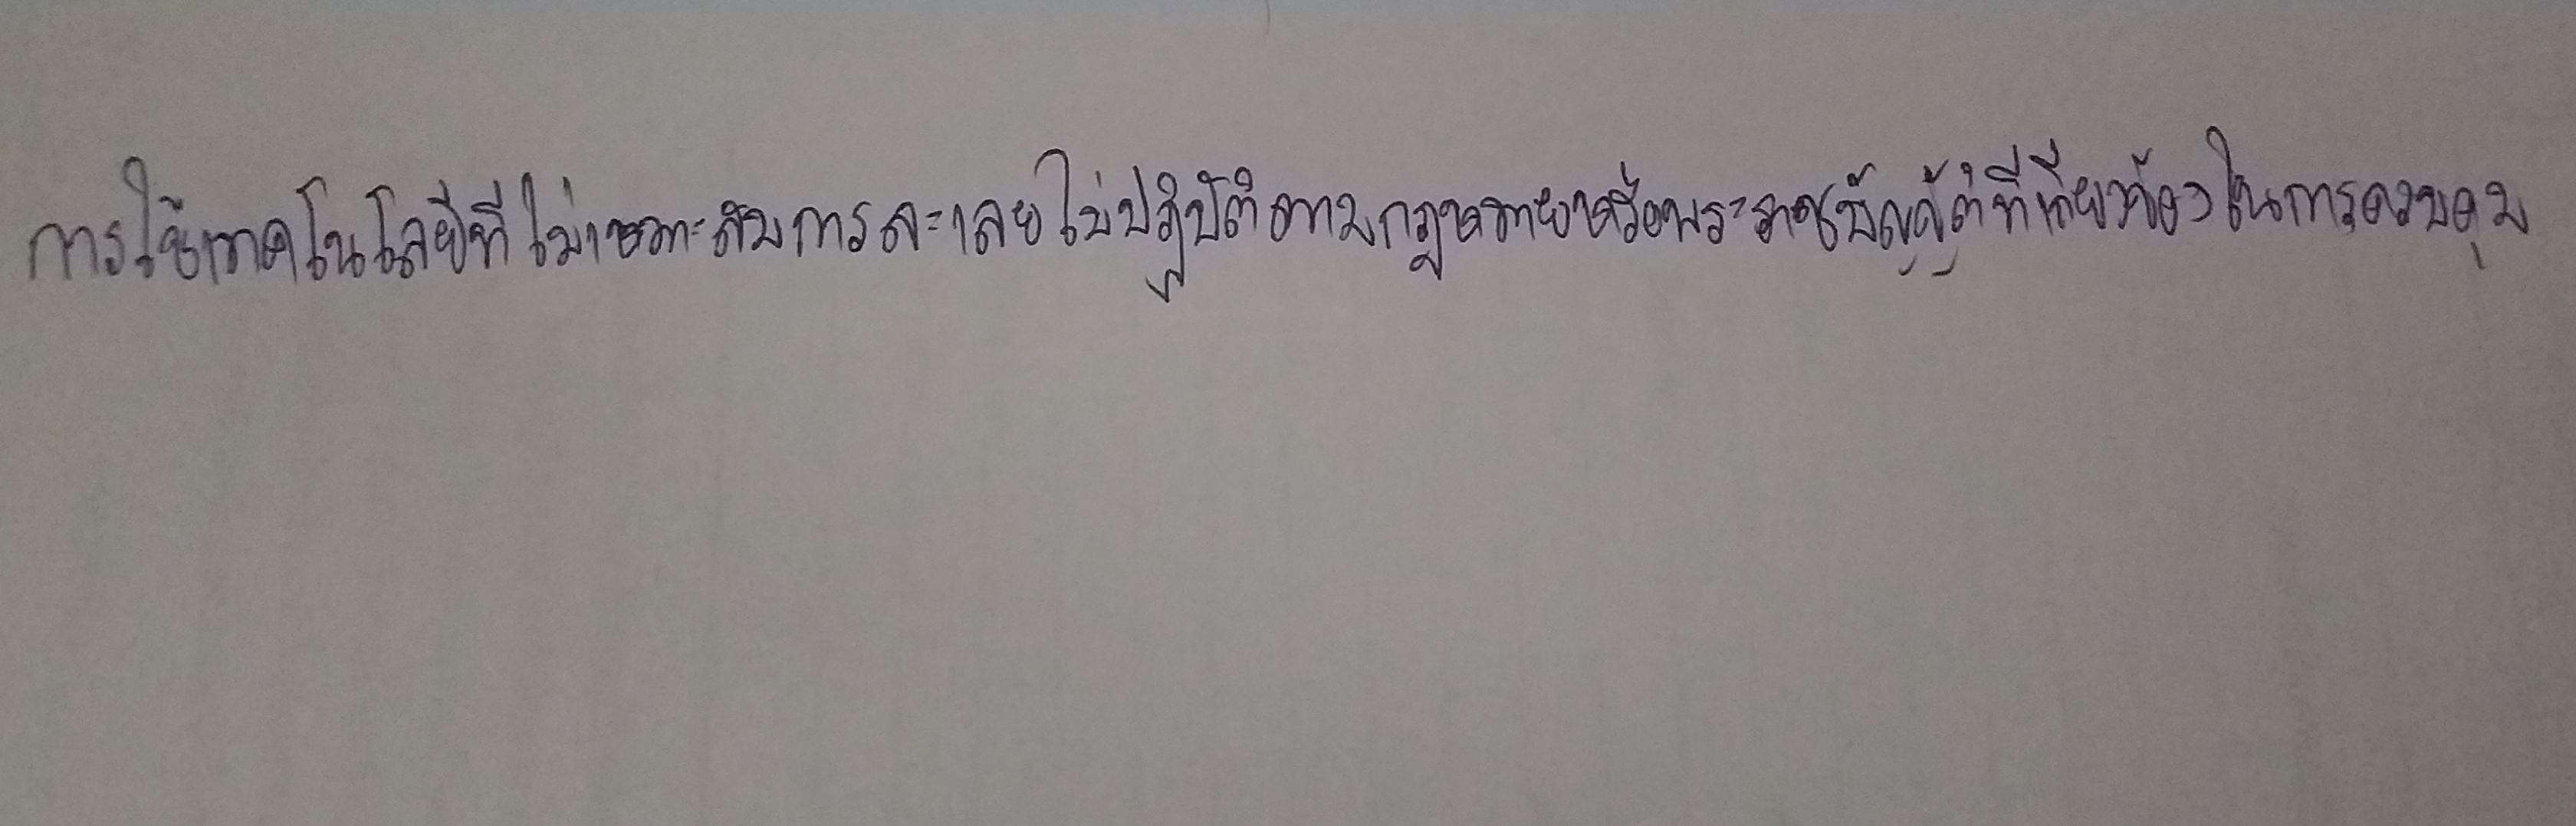
การใช้เทคโนโลยีที่ไม่เหมาะสมการละเลยไม่ปฏิบัติตามกฎหมายหรือพระราชบัญญัติที่เกี่ยวข้องในการควบคุม